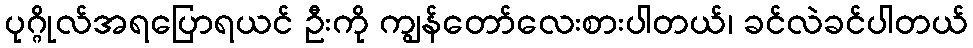
ပုဂ္ဂိုလ်အရပြောရယင် ဦးကို ကျွန်တော်လေးစားပါတယ်၊ ခင်လဲခင်ပါတယ်